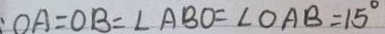
: O A = O B = \angle A B O = \angle O A B = 1 5 ^ { \circ }